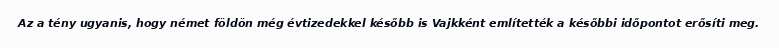
Az a tény ugyanis, hogy német földön még évtizedekkel később is Vajkként említették a későbbi időpontot erősíti meg.